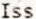
ISS